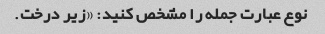
نوع عبارت جمله را مشخص کنید: «زیر درخت.